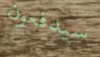
سيدفعون